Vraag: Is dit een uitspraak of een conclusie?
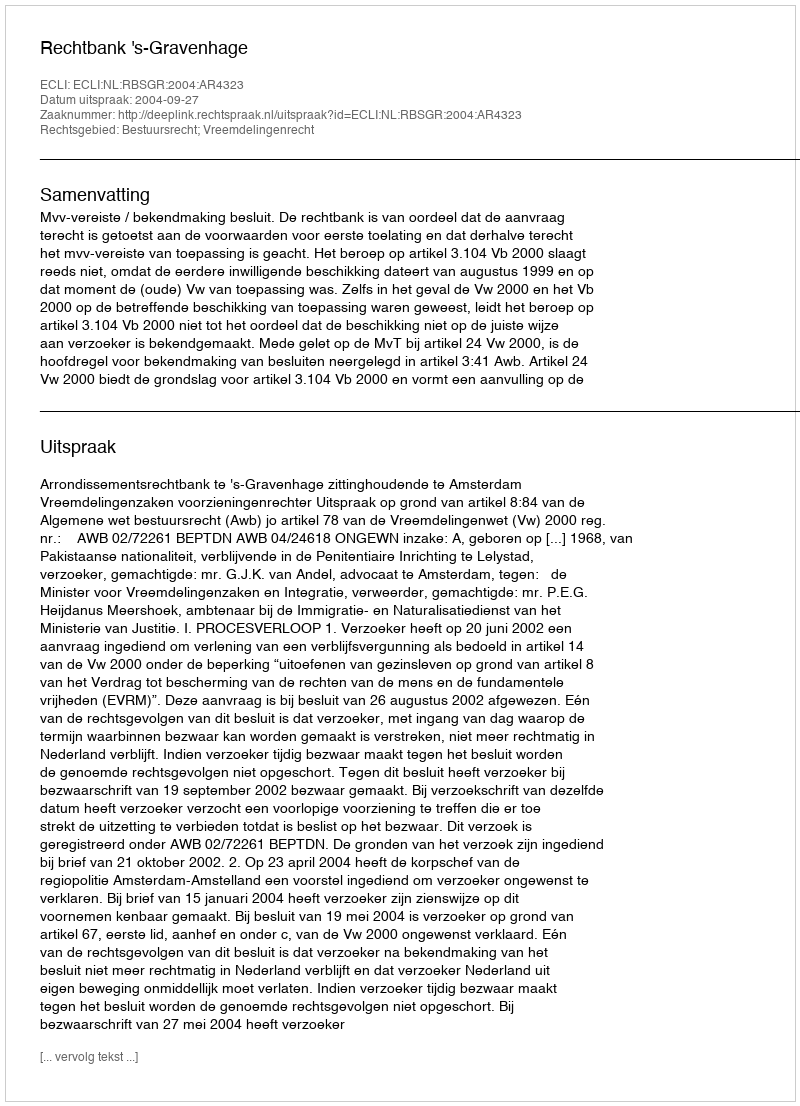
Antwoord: Uitspraak